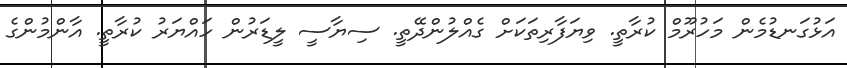
އަޅުގަނޑުމެން މަހުރޫމް ކުރާތީ. ވިޔަފާރިތަކަށް ގެއްލުންދޭތީ. ސިޔާސީ ލީޑަރުން ހައްޔަރު ކުރާތީ. އާންމުންގެ